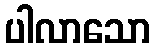
ပါလာသော